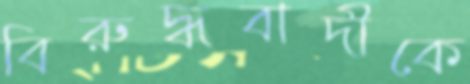
বিরুদ্ধবাদীকে